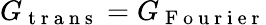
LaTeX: G_{\mathrm{~t~r~a~n~s~}}=G_{\mathrm{~F~o~u~r~i~e~r~}}